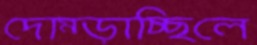
দোম্‌ড়াচ্ছিলে